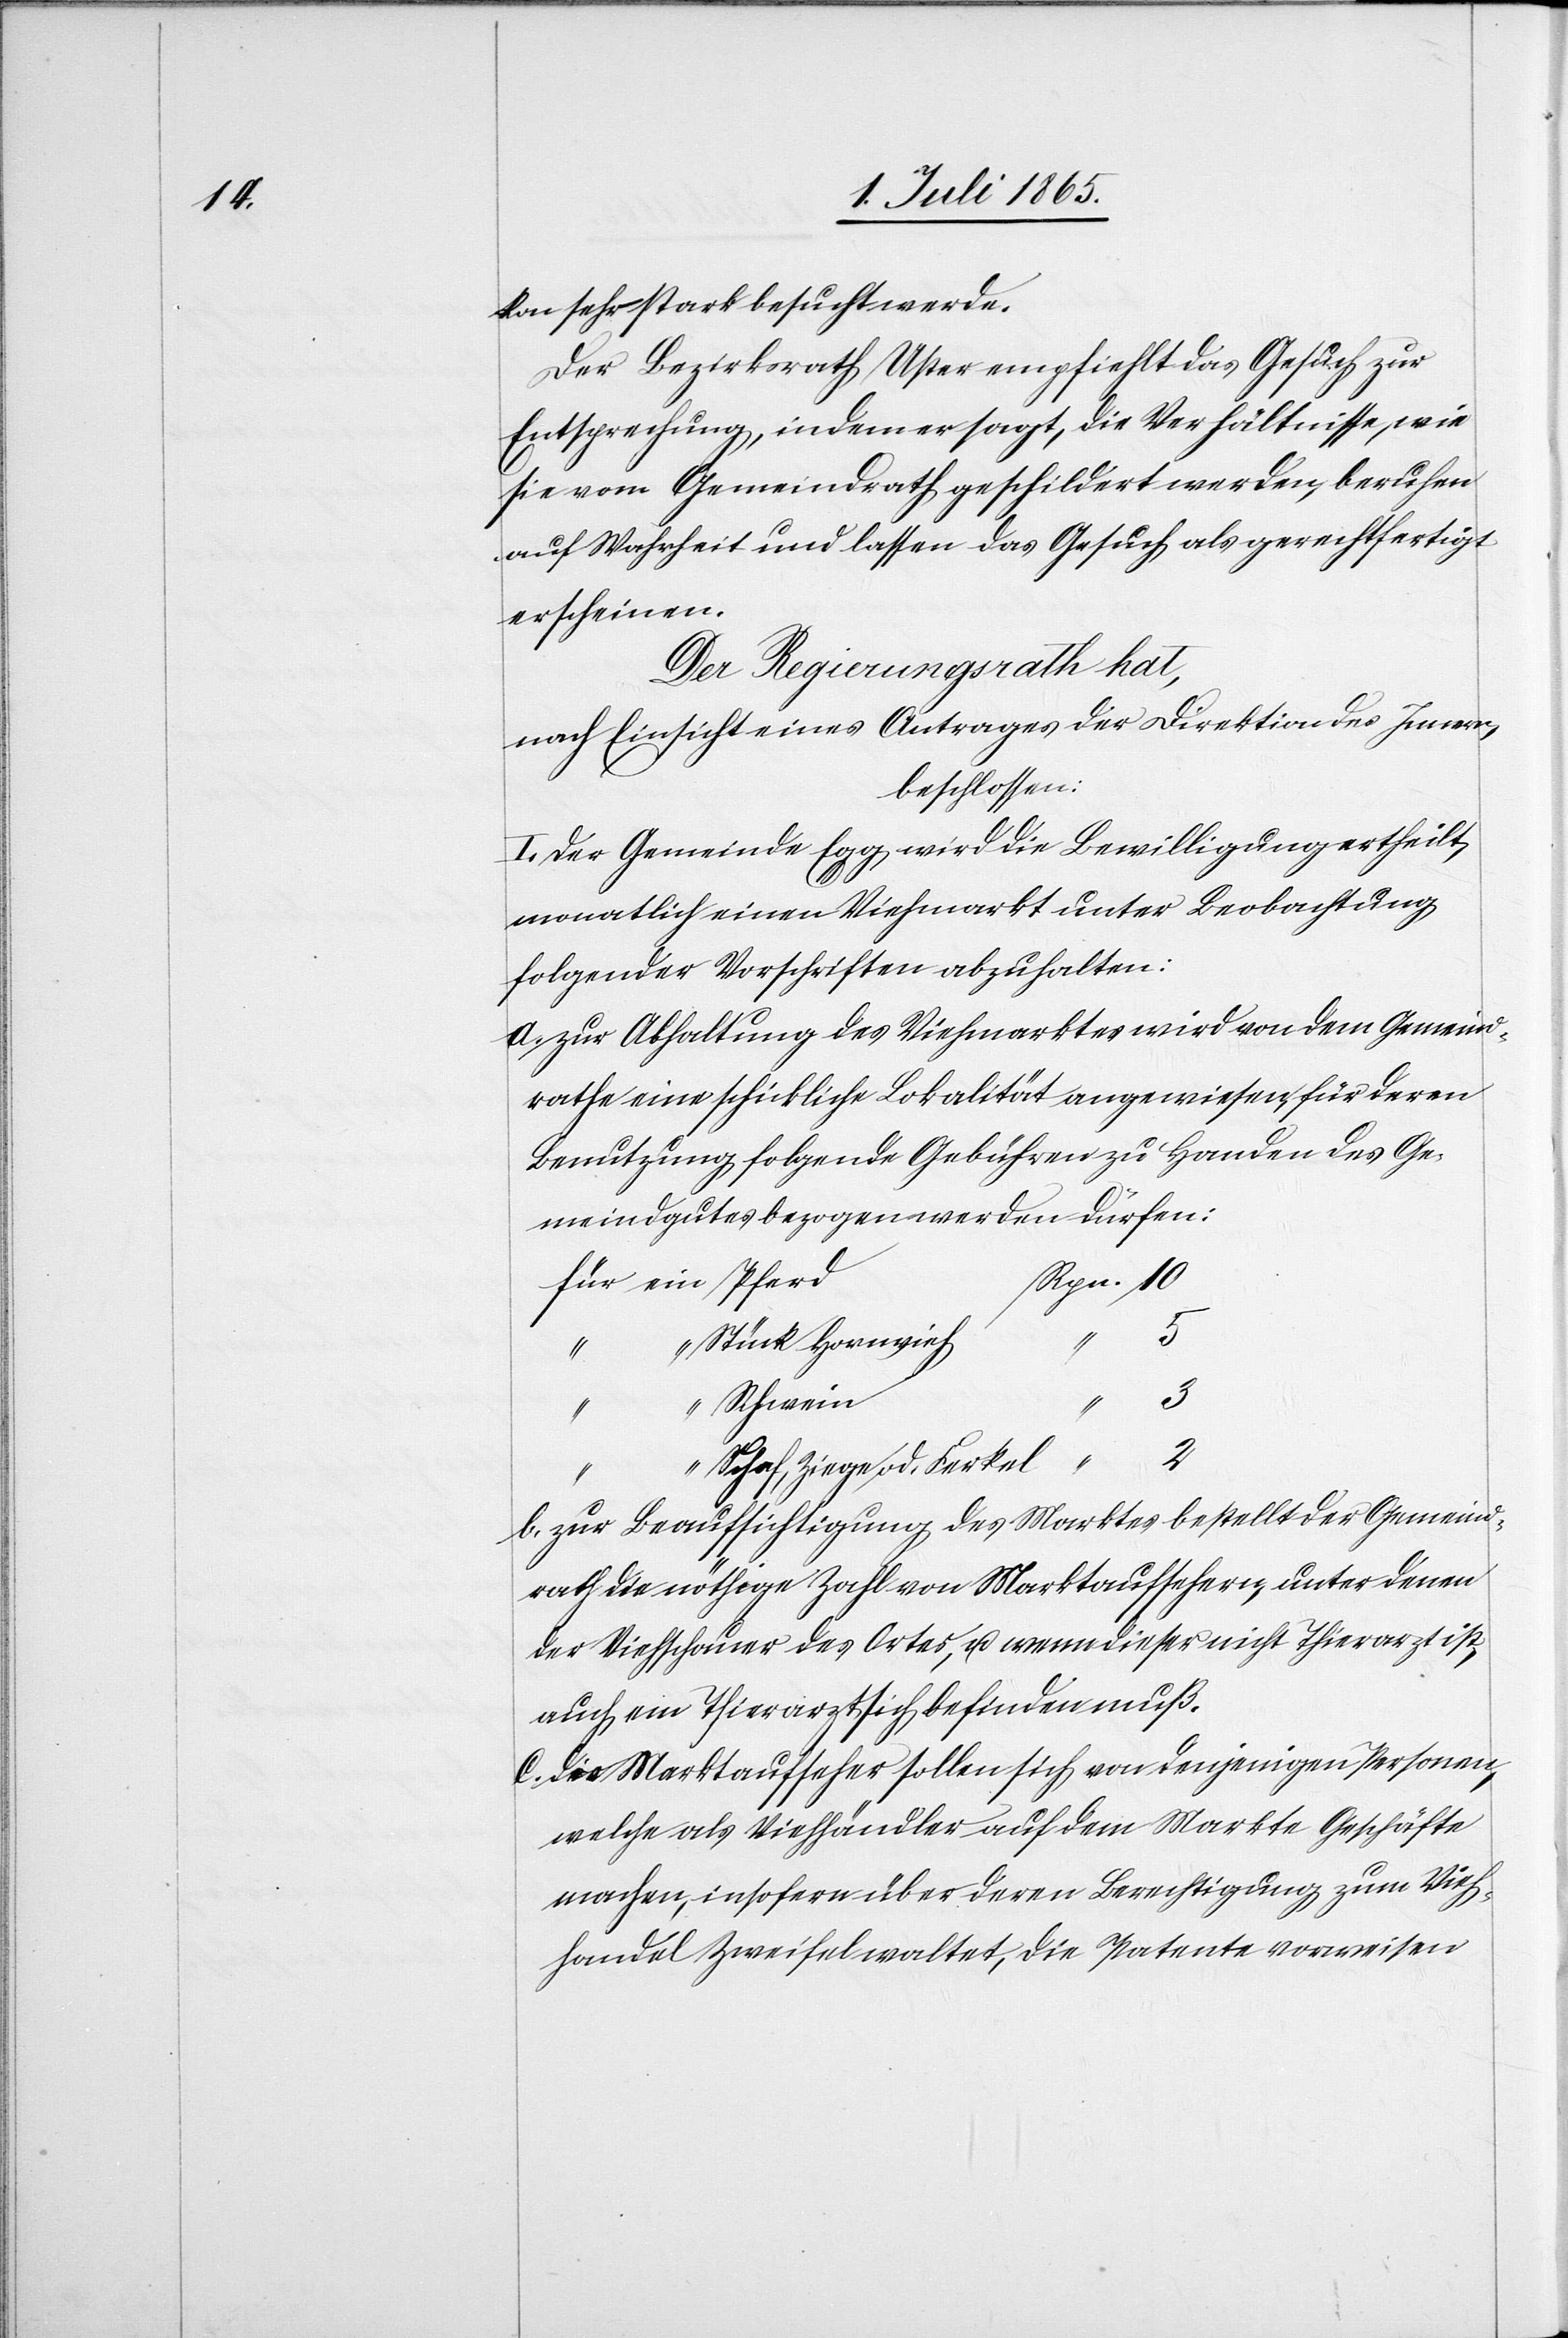
kon sehr stark besucht werde.
Der Bezirksrath Uster empfiehlt das Gesuch zur
Entsprechung, indem er sagt, die Verhältnisse, wie
sie vom Gemeindrath geschildert werden, beruhen
auf Wahrheit und lassen das Gesuch als gerechtfertigt
erscheinen.
Der Regierungsrath hat,
nach Einsicht eines Antrages der Direktion des Innern,
beschlossen:
I. Der Gemeinde Egg wird die Bewilligung ertheilt,
monatlich einen Viehmarkt unter Beobachtung
folgender Vorschriften abzuhalten:
a. zur Abhaltung des Viehmarktes wird von dem Gemeind¬
rathe eine schickliche Lokalität angewiesen, für deren
Benutzung folgende Gebühren zu Handen des Ge¬
meindgutes bezogen werden dürfen:
Rpn. 10
für ein Pferd
“ Stück Hornvieh
“
3
“ Schwein
“ Schaf, Ziege od. Ferkel “
2
b. zur Beaufsichtigung des Marktes bestellt der Gemeind¬
rath die nöthige Zahl von Marktaufsehern, unter denen
der Viehschauer des Ortes, u. wenn dieser nicht Thierarzt ist,
auch ein Thierarzt sich befinden muß.
c. die Marktaufseher sollen sich von denjenigen Personen,
welche als Viehhändler auf dem Markte Geschäfte
machen, insofern über deren Berechtigung zum Vieh¬
handel Zweifel waltet, die Patente vorweisen